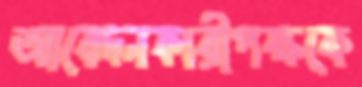
আবেদনকারীপক্ষকে